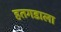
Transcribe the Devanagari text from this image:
हतगडाला